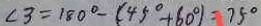
\angle 3 = 1 8 0 ^ { \circ } - ( 4 5 ^ { \circ } + 6 0 ^ { \circ } ) = 7 5 ^ { \circ }